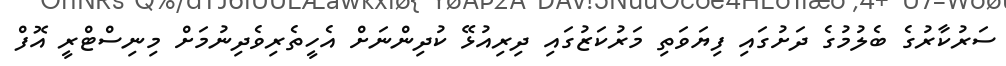
ސަރުކާރުގެ ބެލުމުގެ ދަށުގައި ފިޔަވަތި މަރުކަޒުގައި ދިރިއުޅޭ ކުދިންނަށް އެހީތެރިވެދިނުމަށް މިނިސްޓްރީ އޮފް